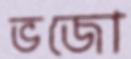
ভজো